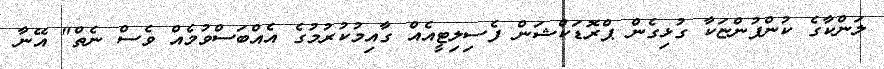
ލަންކާގެ ކުންފުންޏަކާ ގުޅިގެން ޕްރޮޑަކްޝަން ފެސިލިޓީއެއް ގާއިމުކުރުމުގެ އެއްބަސްވުމެއް ވެސް ނެތް" އޭނާ